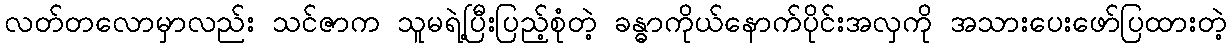
လတ်တလောမှာလည်း သင်ဇာက သူမရဲ့ပြီးပြည့်စုံတဲ့ ခန္ဓာကိုယ်နောက်ပိုင်းအလှကို အသားပေးဖော်ပြထားတဲ့